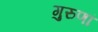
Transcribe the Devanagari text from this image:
गुरुणां